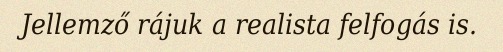
Jellemző rájuk a realista felfogás is.